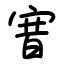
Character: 㝜